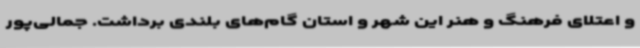
و اعتلای فرهنگ و هنر این شهر و استان گام‌های بلندی برداشت. جمالی‌پور